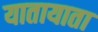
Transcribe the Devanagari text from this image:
यातायाता